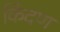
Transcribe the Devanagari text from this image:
किंदण